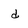
Character: d